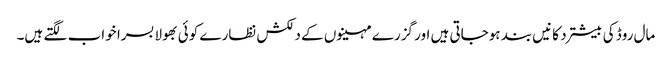
مال روڈ کی بیشترد کانیں بند ہوجاتی ہیں اور گزرے مہینوں کے دلکش نظارے کوئی بھولا بسرا خواب لگتے ہیں۔